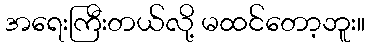
အရေးကြီးတယ်လို့ မထင်တော့ဘူး။